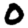
Digit: 0